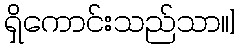
ရှိကောင်းသည်သာ၊၊]